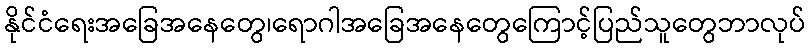
နိုင်ငံရေးအခြေအနေတွေ၊ရောဂါအခြေအနေတွေကြောင့်ပြည်သူတွေဘာလုပ်